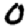
Digit: 0